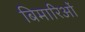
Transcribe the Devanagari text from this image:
बिमारिओं